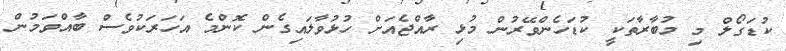
ކުޑަގޯލް މި މުބާރާތަކީ ކުޑަހެންވޭރުން މުޅި ރާއްޖެއަށް ހުޅުވާލައިގެން ކޮންމެ އަހަރަކުވެސް ބާއްވަމުން